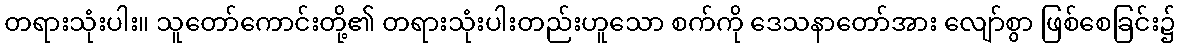
တရားသုံးပါး။ သူတော်ကောင်းတို့၏ တရားသုံးပါးတည်းဟူသော စက်ကို ဒေသနာတော်အား လျော်စွာ ဖြစ်စေခြင်း၌